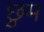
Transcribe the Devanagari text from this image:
छुम